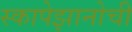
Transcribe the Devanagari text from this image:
स्कापेझानोची